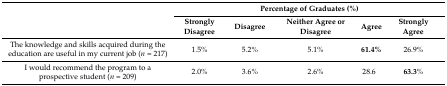
| <ROWSPAN=2>  | <COLSPAN=5> Percentage of Graduates (%) |
 | Strongly Disagree | Disagree | Neither Agree or Disagree | Agree | Strongly Agree |
 | --- | --- | --- | --- | --- | --- |
 | The knowledge and skills acquired during the education are useful in my current job (n = 217) | 1.5% | 5.2% | 5.1% | 61.4% | 26.9% |
 | I would recommend the program to a prospective student (n = 209) | 2.0% | 3.6% | 2.6% | 28.6 | 63.3% |